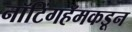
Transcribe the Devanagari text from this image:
नॉटिंगहॅमकडून